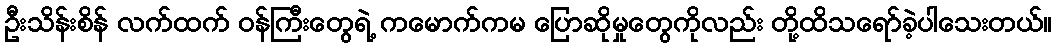
ဦးသိန်းစိန် လက်ထက် ဝန်ကြီးတွေရဲ့ ကမောက်ကမ ပြောဆိုမှုတွေကိုလည်း တို့ထိသရော်ခဲ့ပါသေးတယ်။